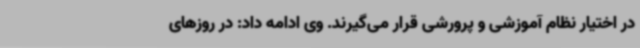
در اختیار نظام آموزشی و پرورشی قرار می‌گیرند. وی ادامه داد: در روزهای